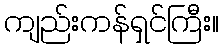
ကျည်းကန်ရှင်ကြီး။